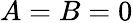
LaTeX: A=B=0